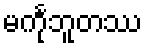
မင်္ကုဘူတဿ